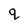
Character: q